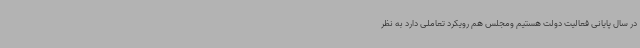
در سال پایانی فعالیت دولت هستیم ومجلس هم رویکرد تعاملی دارد به نظر